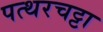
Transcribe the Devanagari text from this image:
पत्थरचट्टा